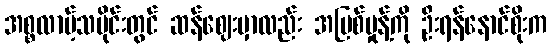
အစ္စလာမ့်သမိုင်းတွင် ဆန်ဈေးမှာလည်း အမြစ်မှုန့်ကို ဦးရန်နောင်စိုးက